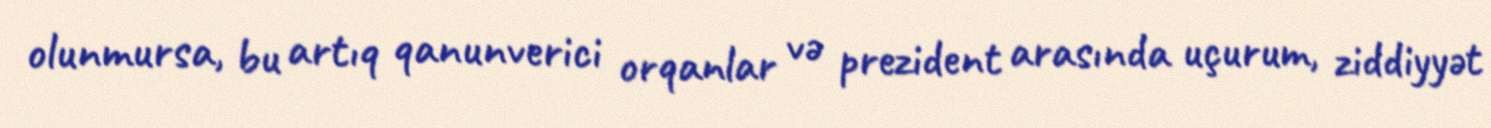
olunmursa, bu artıq qanunverici orqanlar və prezident arasında uçurum, ziddiyyət